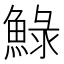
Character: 䱚